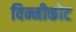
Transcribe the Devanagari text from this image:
विन्नीकोट